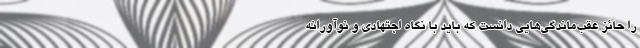
را حائز عقب‌ماندگی‌هایی دانست که باید با نگاه اجتهادی و نوآورانه